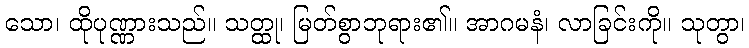
သော၊ ထိုပုဏ္ဏားသည်။ သတ္ထု၊ မြတ်စွာဘုရား၏။ အာဂမနံ၊ လာခြင်းကို။ သုတွာ၊